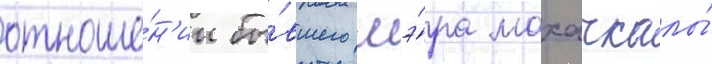
отноше́н'ии бы́вшего мэ́ра махачкалы́